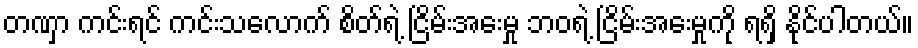
တဏှာ ကင်းရင် ကင်းသလောက် စိတ်ရဲ့ ငြိမ်းအေးမှု ဘဝရဲ့ ငြိမ်းအေးမှုကို ရရှိ နိုင်ပါတယ်။